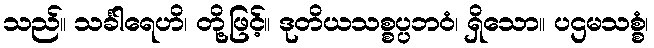
သည်။ သင်္ခါရေဟိ၊ တို့ဖြင့်။ ဒုတိယသစ္စပ္ပဘဝံ၊ ရှိသော။ ပဌမသစ္စံ၊